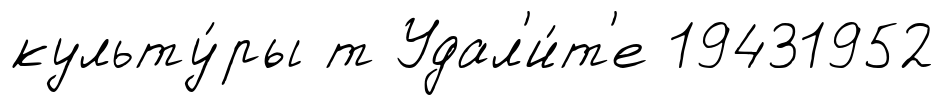
культу́ры т Удал'и́т'е 19431952